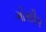
ગોસીપ